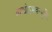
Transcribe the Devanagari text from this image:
व्याधोऽभवन्मुनिः